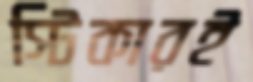
স্টিকারই